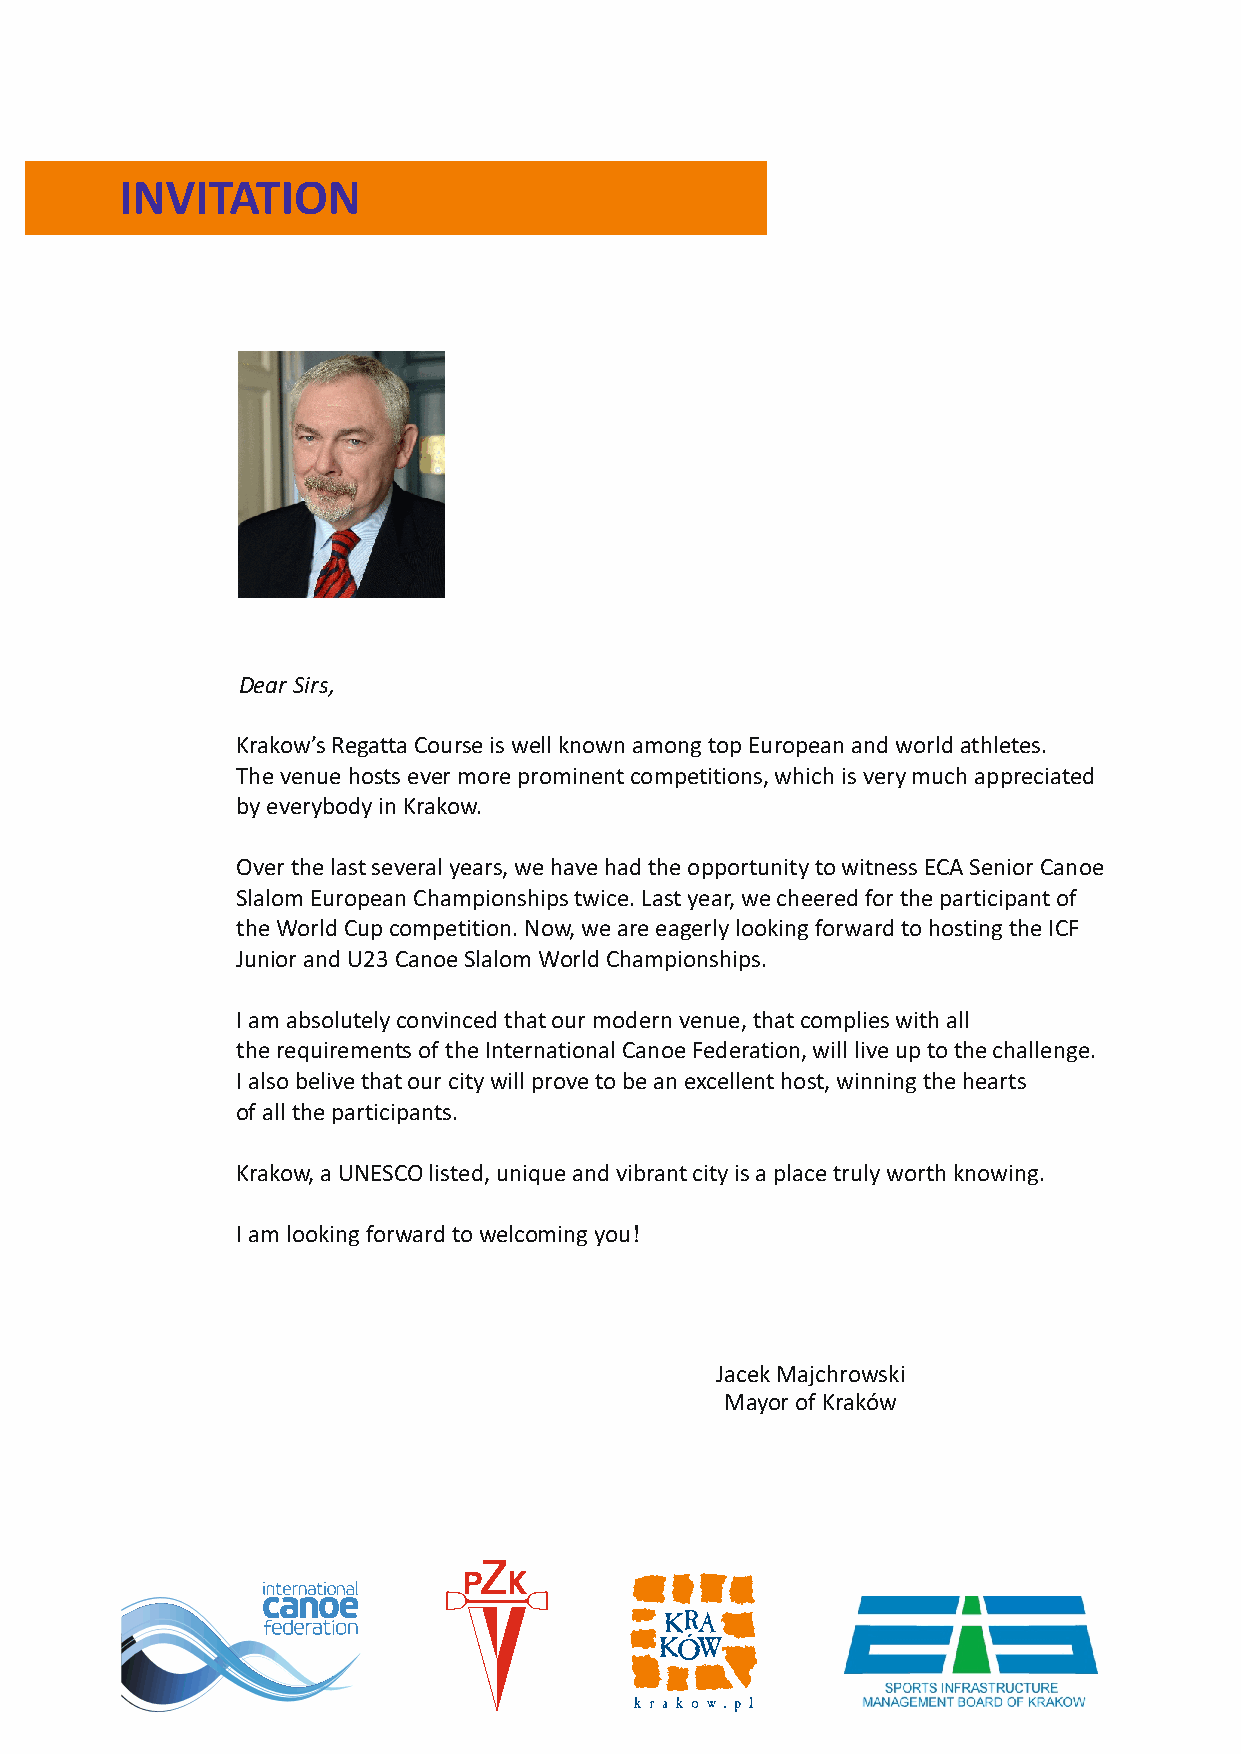
INVITATION
 Dear Sirs,
 Krakow’s Regatta Course is well known among top European and world athletes.
 The venue hosts ever more prominent competitions, which is very much appreciated
 by everybody in Krakow.
 Over the last several years, we have had the opportunity to witness ECA Senior Canoe
 Slalom European Championships twice. Last year, we cheered for the participant of
 the World Cup competition. Now, we are eagerly looking forward to hosting the ICF
 Junior and U23 Canoe Slalom World Championships.
 I am absolutely convinced that our modern venue, that complies with all
 the requirements of the International Canoe Federation, will live up to the challenge.
 I also belive that our city will prove to be an excellent host, winning the hearts
 of all the participants.
 Krakow, a UNESCO listed, unique and vibrant city is a place truly worth knowing.
 I am looking forward to welcoming you!
 Jacek Majchrowski
 Mayor of Kraków